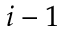
i - 1